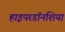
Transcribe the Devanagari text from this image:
हाइपरडॉनशिया